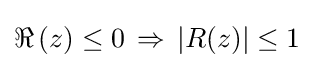
\Re \,(z)\leq 0\,\Rightarrow \,|R(z)|\leq 1